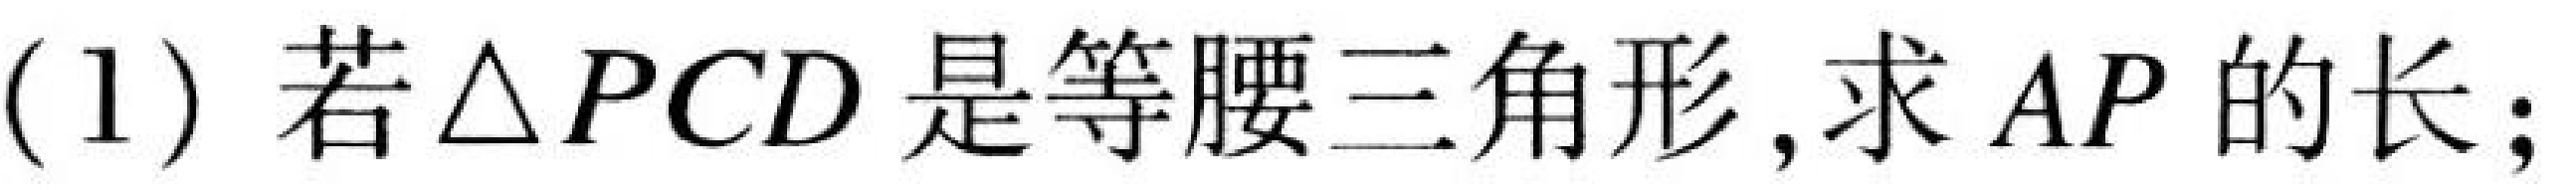
(1) 若\(\triangle PCD\)是等腰三角形,求\(AP\)的长;